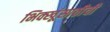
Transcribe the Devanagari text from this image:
भिक्खूंसाठीची